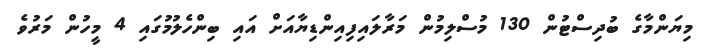
މިޔަންމާގެ ބުދިސްޓުން 130 މުސްލިމުން މަރާލައިފިއިންޑިޔާއަށް އައި ބިންހެލުމުގައި 4 މީހުން މަރުވެ